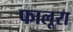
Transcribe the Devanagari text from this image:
फालूरा